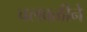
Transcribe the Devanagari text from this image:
चलवळीने